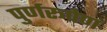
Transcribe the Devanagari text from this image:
पुर्णरूपेण